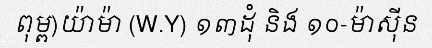
ពុម្ព)យ៉ាម៉ា (W.Y) ១៣ដុំ និង ១០-ម៉ាស៊ីន